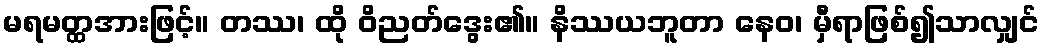
မရမတ္ထအားဖြင့်။ တဿ၊ ထို ဝိညတ်ဒွေး၏။ နိဿယဘူတာ နေဝ၊ မှီရာဖြစ်၍သာလျှင်